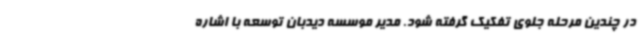
در چندین مرحله جلوی تفکیک گرفته شود. مدیر موسسه دیدبان توسعه با اشاره